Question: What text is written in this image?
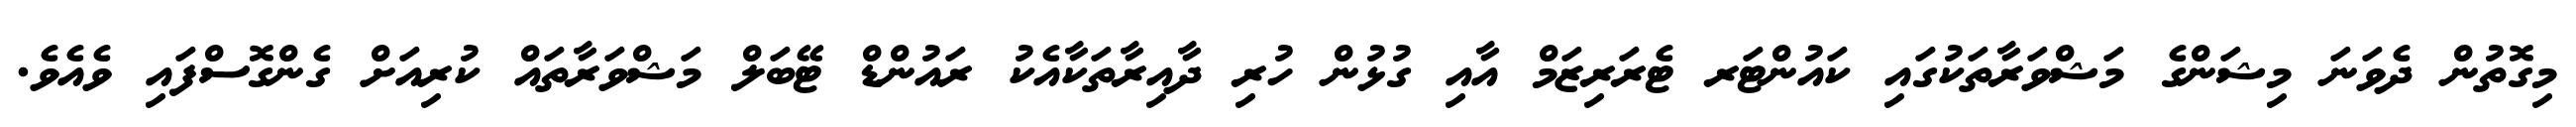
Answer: މިގޮތުން ދެވަނަ މިޝަންގެ މަޝްވަރާތަކުގައި ކައުންޓަރ ޓެރަރިޒަމް އާއި ގުޅުން ހުރި ދާއިރާތަކާއެކު ރައުންޑް ޓޭބަލް މަޝްވަރާތައް ކުރިއަށް ގެންގޮސްފައި ވެއެވެ.